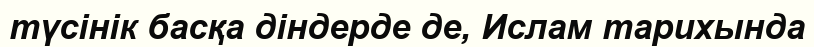
түсінік басқа діндерде де, Ислам тарихында